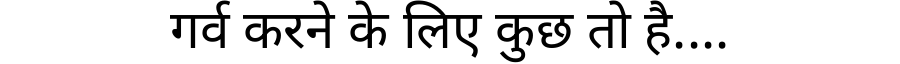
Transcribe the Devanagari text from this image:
गर्व करने के लिए कुछ तो है....